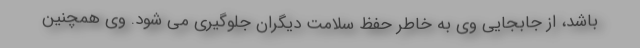
باشد، از جابجایی وی به خاطر حفظ سلامت دیگران جلوگیری می شود. وی همچنین